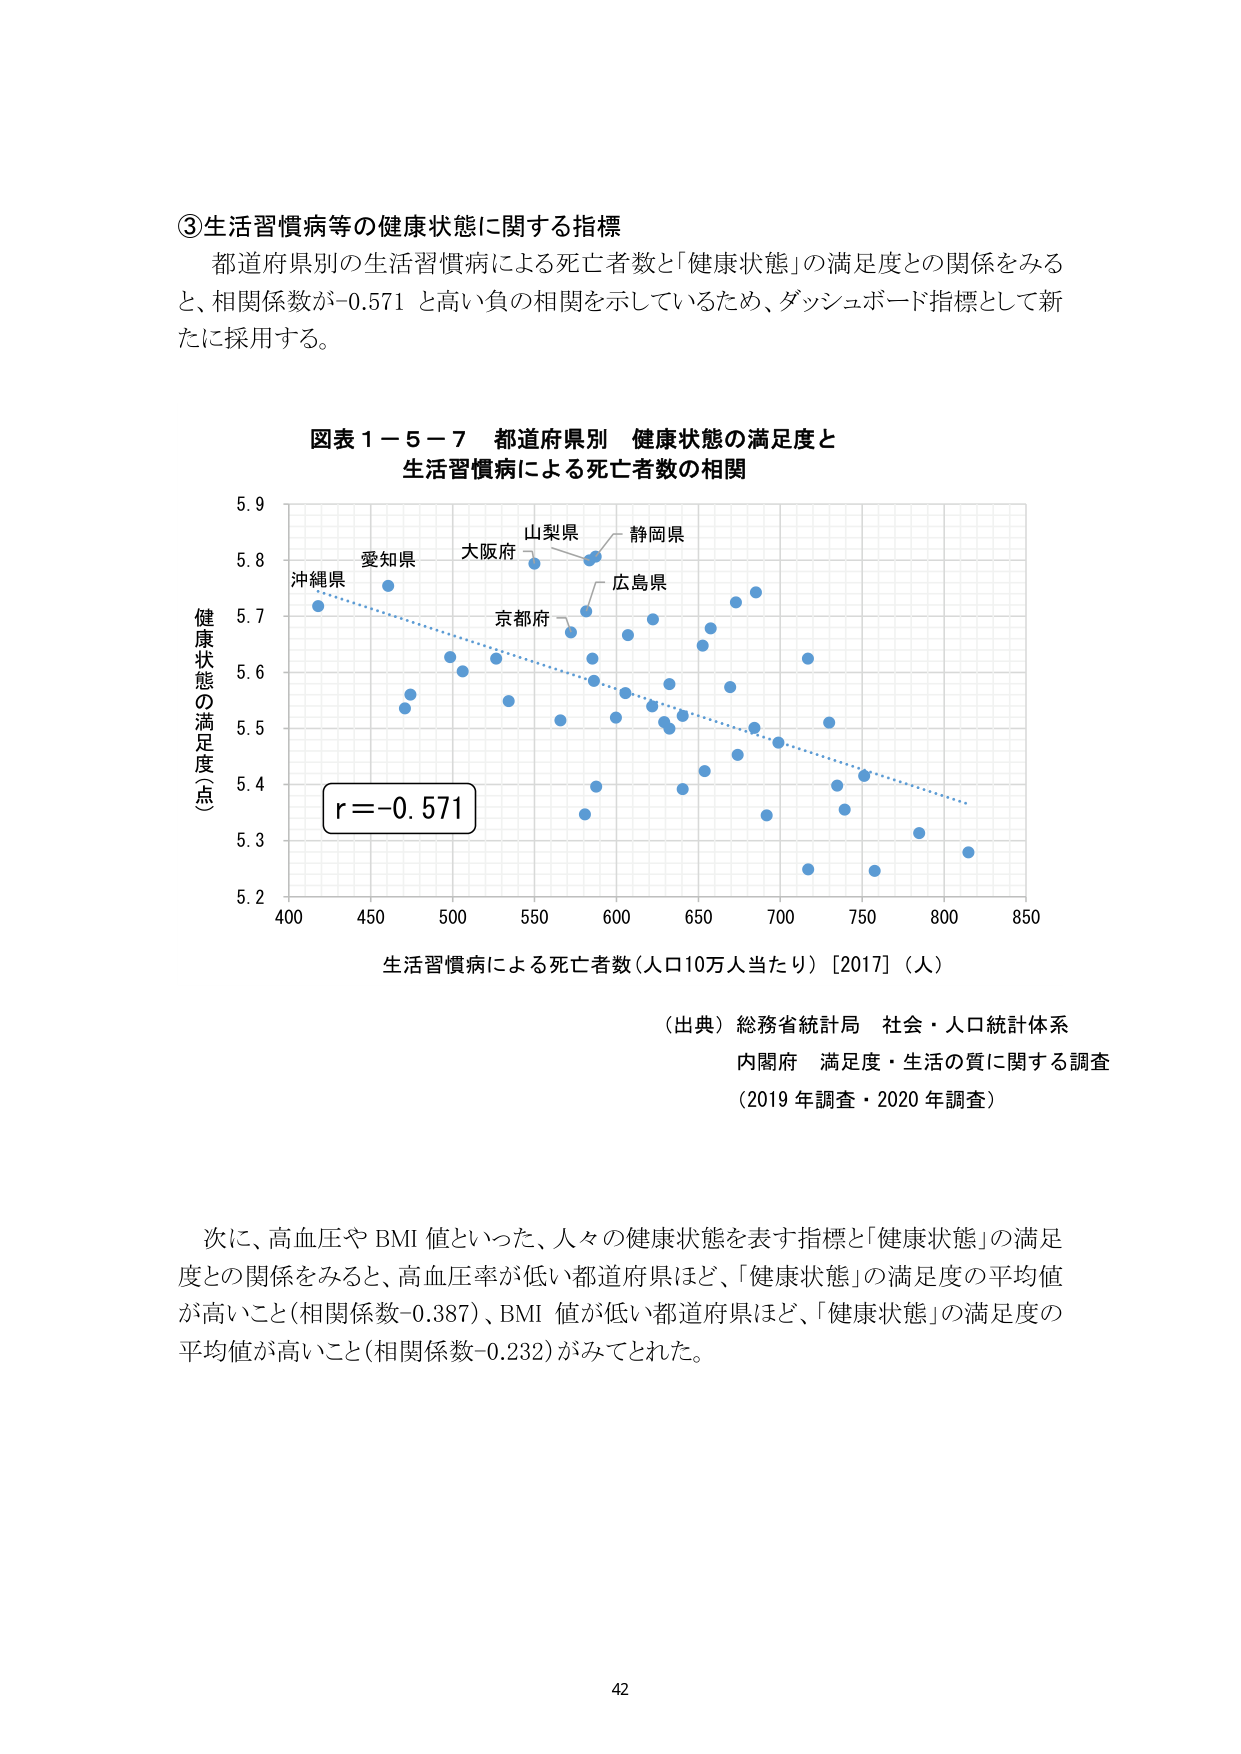
③生活習慣病等の健康状態に関する指標
都道府県別の生活習慣病による死亡者数と「健康状態」の満足度との関係をみると、相関係数が-0.571と高い負の相関を示しているため、ダッシュボード指標として新たに採用する。

図表１－５－７ 都道府県別 健康状態の満足度と
生活習慣病による死亡者数の相関

健康状態の満足度（点）
5.9
5.8
5.7
5.6
5.5
5.4
5.3
5.2

400 450 500 550 600 650 700 750 800 850
生活習慣病による死亡者数（人口10万人当たり）［2017］（人）

r = -0.571

沖縄県
愛知県
大阪府
山梨県
静岡県
広島県
京都府

（出典）総務省統計局 社会・人口統計体系
内閣府 満足度・生活の質に関する調査
（2019年調査・2020年調査）

次に、高血圧やBMI値といった、人々の健康状態を表す指標と「健康状態」の満足度との関係をみると、高血圧率が低い都道府県ほど、「健康状態」の満足度の平均値が高いこと（相関係数-0.387）、BMI値が低い都道府県ほど、「健康状態」の満足度の平均値が高いこと（相関係数-0.232）がみてとれた。

42